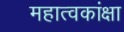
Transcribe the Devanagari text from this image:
महात्वकांक्षा